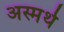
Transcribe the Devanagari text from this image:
अस्मर्थ